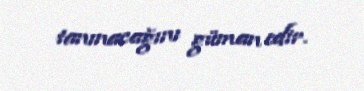
tanınacağını güman edir.